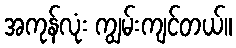
အကုန်လုံး ကျွမ်းကျင်တယ်။